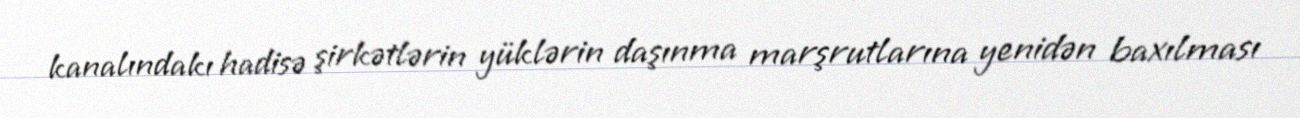
kanalındakı hadisə şirkətlərin yüklərin daşınma marşrutlarına yenidən baxılması